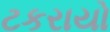
ટકરાયો